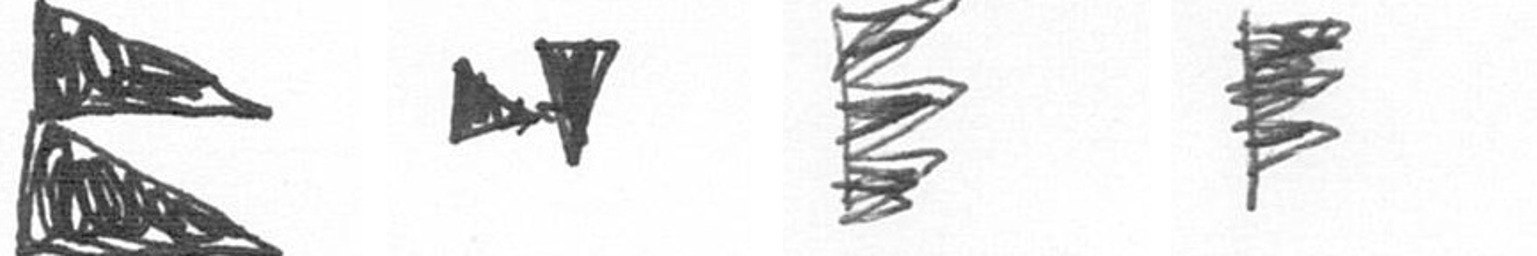
P M H H